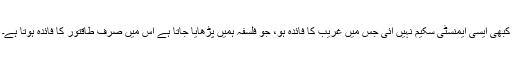
کبھی ایسی ایمنسٹی سکیم نہیں آئی جس میں غریب کا فائدہ ہو، جو فلسفہ ہمیں پڑھایا جاتا ہے اس میں صرف طاقتور کا فائدہ ہوتا ہے۔